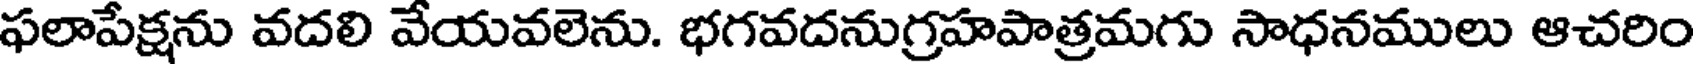
ఫలాపేక్షను వదలి వేయవలెను. భగవదనుగ్రహపాత్రమగు సాధనములు ఆచరిం